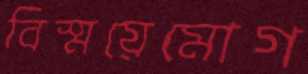
বিস্ময়েমোগ